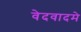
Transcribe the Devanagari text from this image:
वेदवादमे